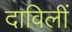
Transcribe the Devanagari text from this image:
दाविलीं